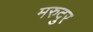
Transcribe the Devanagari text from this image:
मरुदुर